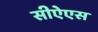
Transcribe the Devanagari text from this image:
सीऐएस